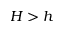
H > h